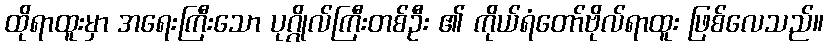
ထိုရာထူးမှာ အရေးကြီးသော ပုဂ္ဂိုလ်ကြီးတစ်ဦး ၏ ကိုယ်ရံတော်ဗိုလ်ရာထူး ဖြစ်လေသည်။